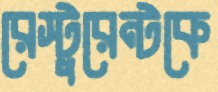
রেস্টুরেন্টকে